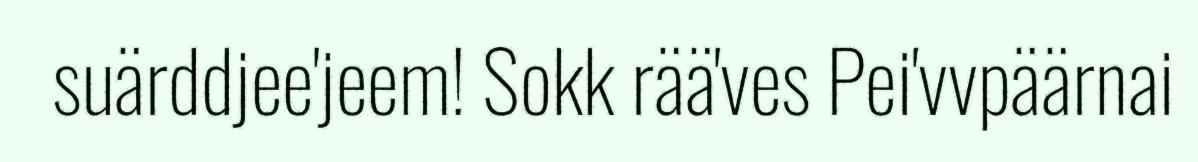
suärddjee'jeem! Sokk rää'ves Pei'vvpäärnai